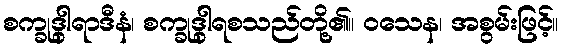
စက္ခုဒွါရာဒီနံ၊ စက္ခုဒွါရစသည်တို့၏။ ဝသေန၊ အစွမ်းဖြင့်။